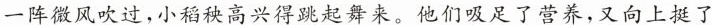
一阵微风吹过，小稻秧高兴得跳起舞来。他们吸足了营养，又向上挺了